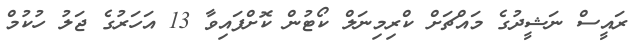
ރައީސް ނަޝީދުގެ މައްޗަށް ކްރިމިނަލް ކޯޓުން ކޮށްފައިވާ 13 އަހަރުގެ ޖަލު ހުކުމް